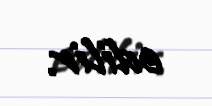
edilir.